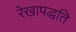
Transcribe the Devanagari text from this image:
रेखापद्धति